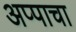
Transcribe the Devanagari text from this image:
अप्पाचा